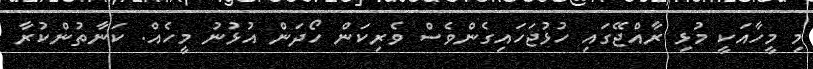
މި މީހާއަކީ މުޅި ރާއްޖޭގައި ހުޅުޖަހައިގެންވެސް ވެރިކަން ހޯދަން އުޅުނު މީހެއް. ކަނާތުންކުރާ